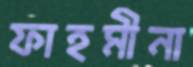
ফাহমীনা